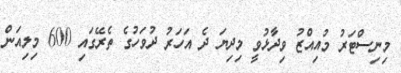
މިނިސްޓަރު މުއިއްޒު ވިދާޅުވީ މިދިޔަ ދެ އަހަރު ދުވަހުގެ ތެރޭގައި 600 މިލިއަން